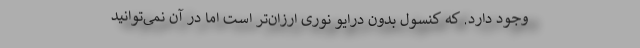
وجود دارد. که کنسول بدون درایو نوری ارزان‌تر است اما در آن نمی‌توانید